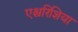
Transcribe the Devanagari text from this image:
एश्चरिशिया